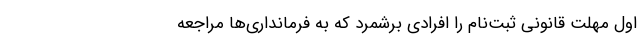
اول مهلت قانونی ثبت‌نام را افرادی برشمرد که به فرمانداری‌ها مراجعه